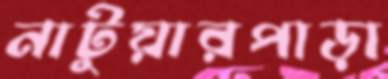
নাটুয়ারপাড়া